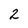
Character: 2